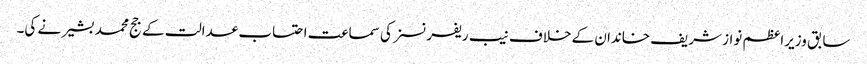
سابق وزیراعظم نواز شریف خاندان کے خلاف نیب ریفرنسز کی سماعت احتساب عدالت کے جج محمد بشیر نے کی۔